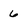
Character: 6